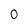
Character: 0